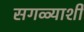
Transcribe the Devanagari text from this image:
सगळ्याशी